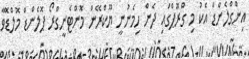
އިންގްލެންޑާ އެކު މި ގްރޫޕްގައި ދެން ހިމެނުނީ ޔޫކްރޭން މޮންޓެނީގްރޯ ޕޮލެންޑް މޮލްޑޮވާ